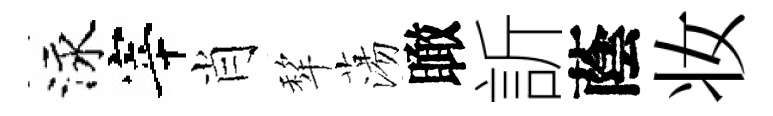
泳宰肖犂蕩瞰訢蔭妆